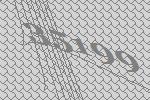
35199